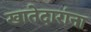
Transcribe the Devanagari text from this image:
खातेदारांना